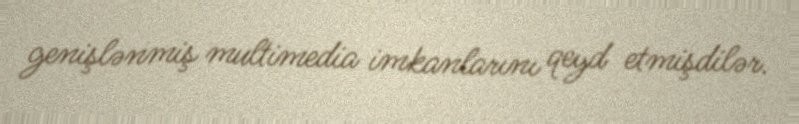
genişlənmiş multimedia imkanlarını qeyd etmişdilər.